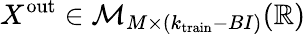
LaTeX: X^{\mathrm{out}}\in{\cal M}_{M\times(k_{\mathrm{train}}-BI)}(\mathbb{R})